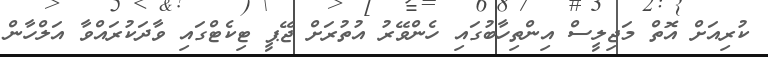
ކުރިއަށް އޮތް މަޖިލީސް އިންތިހާބުގައި ހެންވޭރު އުތުރަށް ޖޭޕީ ޓިކެޓްގައި ވާދަކުރައްވާ އަލްހާން